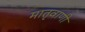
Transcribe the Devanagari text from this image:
मातृवाणी